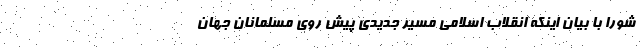
شورا با بیان اینکه انقلاب اسلامی مسیر جدیدی پیش روی مسلمانان جهان